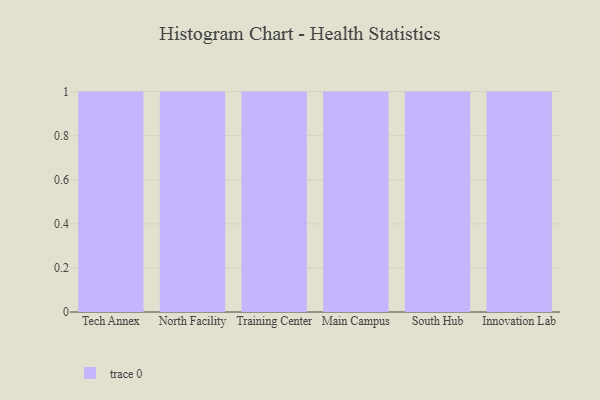
{"axis": {"x": "Campus", "y": "Satisfaction Score"}, "legend": [""], "data": [{"x": "Tech Annex", "y": 40, "type": ""}, {"x": "North Facility", "y": 67, "type": ""}, {"x": "Training Center", "y": 98, "type": ""}, {"x": "Main Campus", "y": 76, "type": ""}, {"x": "South Hub", "y": 92, "type": ""}, {"x": "Innovation Lab", "y": 41, "type": ""}]}